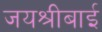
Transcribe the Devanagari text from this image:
जयश्रीबाई